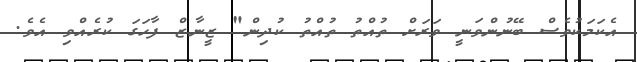
އެކަމަކުވެސް ބޭނުންވަނީ ވަރަށް ތުއްތު ތުއްތު ކުދިން" ޒީނާޒް ފާހަގަ ކުރެއްވި އެވެ.